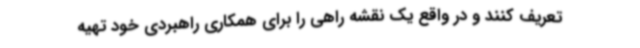
تعریف کنند و در واقع یک نقشه راهی را برای همکاری راهبردی خود تهیه